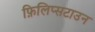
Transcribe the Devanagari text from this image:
फ़िलिप्सटाउन